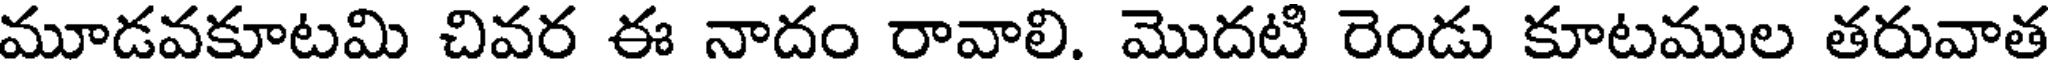
మూడవకూటమి చివర ఈ నాదం రావాలి. మొదటి రెండు కూటముల తరువాత